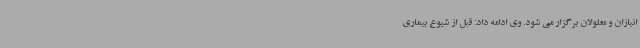
انبازان و معلولان برگزار می شود. وی ادامه داد: قبل از شیوع بیماری